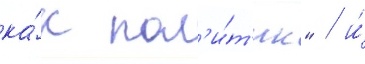
ка́к пол'и́т'ик" / и́